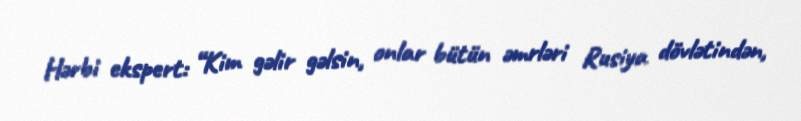
Hərbi ekspert: “Kim gəlir gəlsin, onlar bütün əmrləri Rusiya dövlətindən,